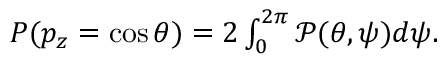
\begin{array} { r } { P ( p _ { z } = \cos \theta ) = 2 \int _ { 0 } ^ { 2 \pi } \mathcal { P } ( \theta , \psi ) d \psi . } \end{array}